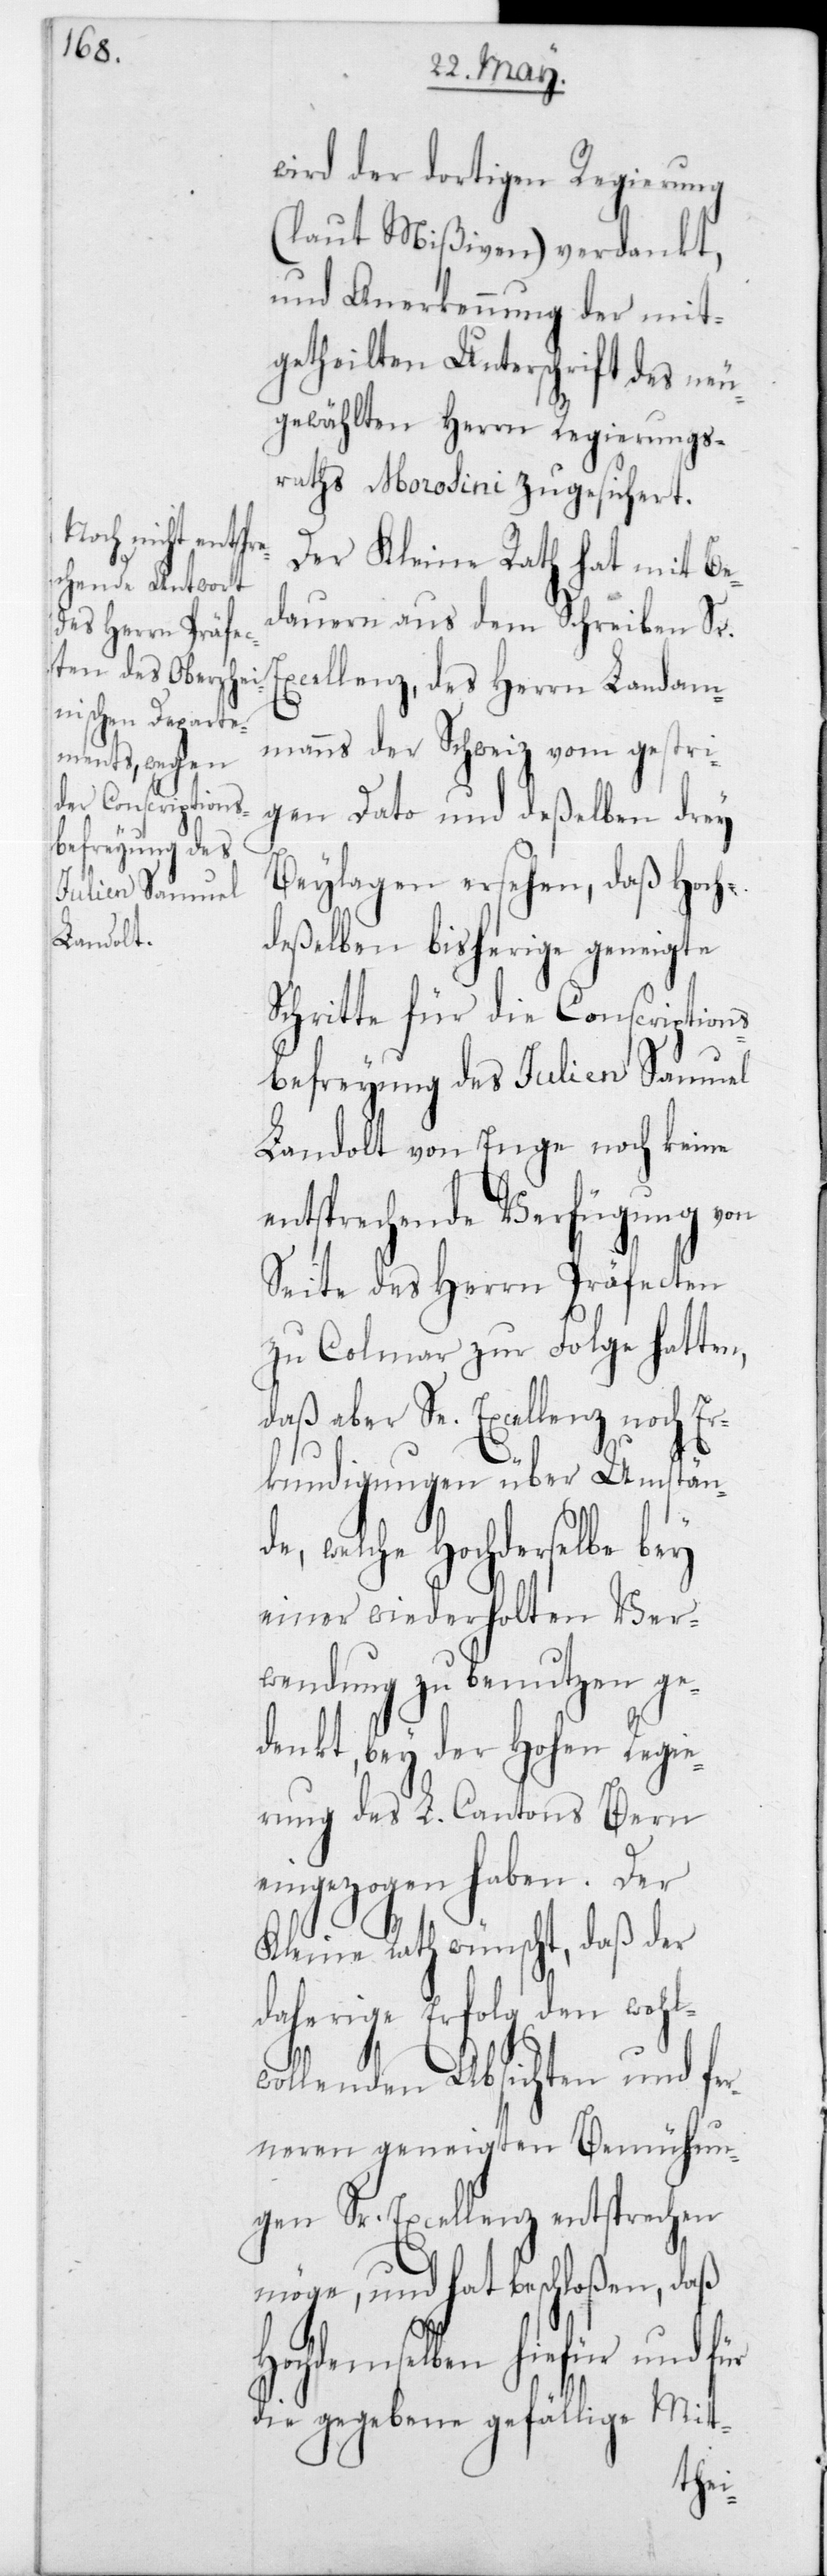
wird der dortigen Regierung
(laut Mißiven) verdankt,
und Anerkennung der mit¬
getheilten Unterschrift des neu
gewählten Herrn Regierungs¬
raths Morosini zugesicheret.
Der Kleine Rath hat mit Be¬
dauern aus dem Schreiben Sr.
Excellenz, des Herrn Landam¬
manns der Schweiz, vom gestri¬
gen Dato und deßelben drey
Beylagen ersehen, daß hoch¬
deßelben bisherige geneigte
Schritte für die Conscription¬
sbefreyung des Julien Samuel
Landolt von Enge noch keine
entsprechende Verfügung von
Seite des Herrn Präfecten
zu Colmar zur Folge hatten,
daß aber Se. Excellenz noch Er¬
kundigungen über Umständ¬
e, welche Hochderselbe bey
einer wiederholten Ver¬
wendung zu benutzen ge¬
denkt, bey der Hohen Regie¬
rung des L. Cantons Bern
eingezogen haben. Der
Kleine Rath wünscht, daß der
daherige Erfolg den wohl¬
wollenden Absichten und fer¬
neren geneigten Bemühun¬
gen Sr. Excellenz entsprechen
möge, und hat beschloßen, daß
Hochdemselben hiefür und
die gegebene gefällige Mit-